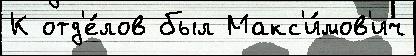
К отд'е́лов был Макс'и́мов'ич